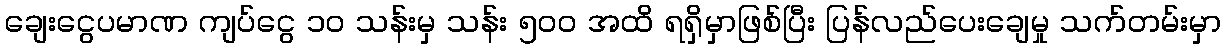
ချေးငွေပမာဏ ကျပ်ငွေ ၁၀ သန်းမှ သန်း ၅၀၀ အထိ ရရှိမှာဖြစ်ပြီး ပြန်လည်ပေးချေမှု သက်တမ်းမှာ